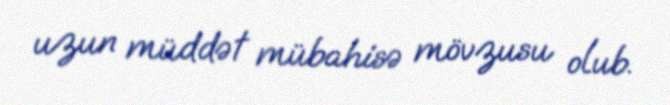
uzun müddət mübahisə mövzusu olub.